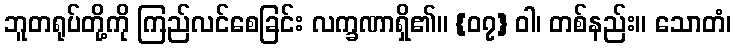
ဘူတရုပ်တို့ကို ကြည်လင်စေခြင်း လက္ခဏာရှိ၏။ {၀၇} ဝါ၊ တစ်နည်း။ သောတံ၊